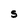
Character: S